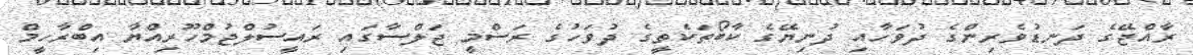
ރާއްޖޭގެ ދަނޑުވެރިންގެ ދުވަހާއި ދުނިޔޭގެ ކާބޯތަކެތީގެ ދުވަހުގެ ރަސްމީ ޖަލްސާގައި ރައީސުލްޖުމްހޫރިއްޔާ އިބްރާހީމް